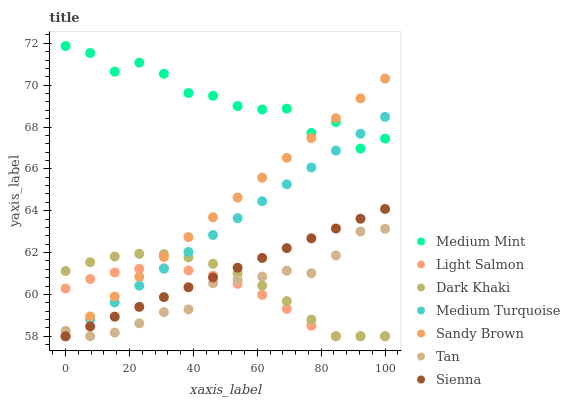
| xaxis_label | Medium Mint | Light Salmon | Dark Khaki | Medium Turquoise | Sandy Brown | Tan | Sienna |
 | --- | --- | --- | --- | --- | --- | --- | --- |
 | 0 | 71.9 | 60.3 | 61.1 | 58 | 58 | 58.3 | 58 |
 | 7.69 | 71.5 | 60.7 | 61.5 | 58.8 | 58.9 | 58 | 58.5 |
 | 15.4 | 70.6 | 61 | 61.8 | 59.6 | 59.9 | 58.2 | 58.9 |
 | 23.1 | 71.1 | 61.2 | 61.9 | 60.4 | 60.8 | 58.6 | 59.4 |
 | 30.8 | 70.5 | 61.3 | 61.9 | 61.2 | 61.8 | 59.2 | 59.9 |
 | 38.5 | 69.6 | 61.1 | 61.8 | 62 | 62.7 | 59.3 | 60.3 |
 | 46.2 | 69.5 | 60.9 | 61.5 | 62.8 | 63.7 | 60.5 | 60.8 |
 | 53.8 | 69 | 60.5 | 61 | 63.6 | 64.6 | 60.7 | 61.3 |
 | 61.5 | 68.8 | 60 | 60.4 | 64.5 | 65.6 | 60.9 | 61.7 |
 | 69.2 | 68.9 | 59.3 | 59.7 | 65.3 | 66.5 | 61.1 | 62.2 |
 | 76.9 | 67.7 | 58.5 | 58.8 | 66.1 | 67.5 | 61 | 62.7 |
 | 84.6 | 68.2 | 58 | 58 | 66.9 | 68.4 | 61.9 | 63.1 |
 | 92.3 | 67 | 58 | 58 | 67.7 | 69.4 | 63 | 63.6 |
 | 100 | 67.4 | 58 | 58 | 68.5 | 70.3 | 63.1 | 64.1 |